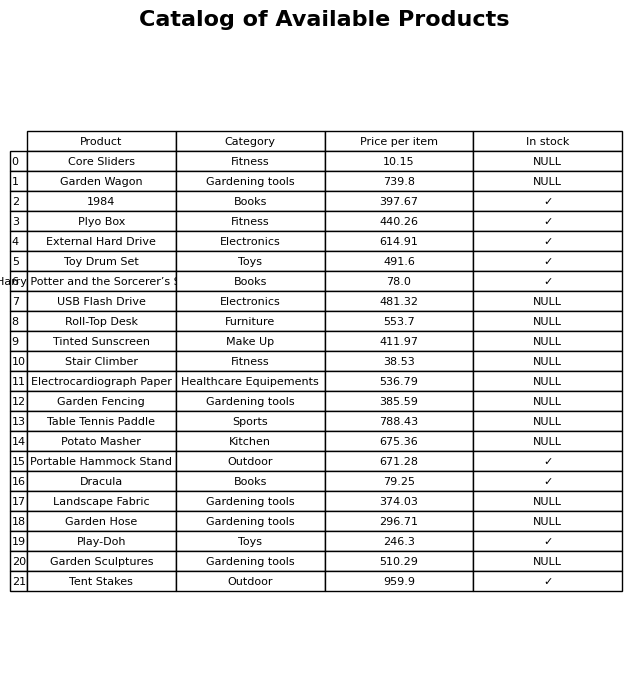
question: Is the Roll-Top Desk in stock?
answer: NULL